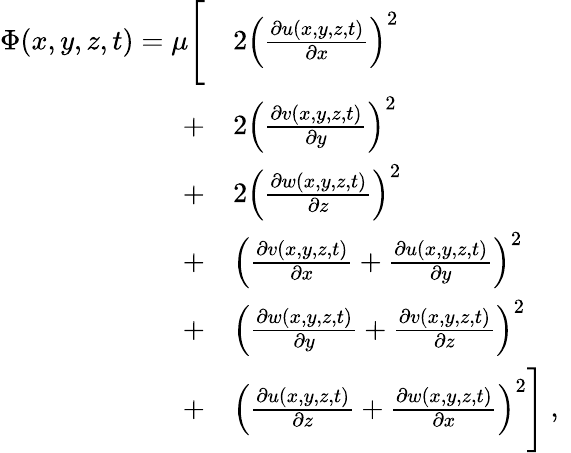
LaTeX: \begin{array}{rl}{\Phi(x,y,z,t)=\mu\Bigg[}&{{}2\left(\frac{\partial u(x,y,z,t)}{\partial x}\right)^{2}}\\ {+}&{{}2\left(\frac{\partial v(x,y,z,t)}{\partial y}\right)^{2}}\\ {+}&{{}2\left(\frac{\partial w(x,y,z,t)}{\partial z}\right)^{2}}\\ {+}&{{}\left(\frac{\partial v(x,y,z,t)}{\partial x}+\frac{\partial u(x,y,z,t)}{\partial y}\right)^{2}}\\ {+}&{{}\left(\frac{\partial w(x,y,z,t)}{\partial y}+\frac{\partial v(x,y,z,t)}{\partial z}\right)^{2}}\\ {+}&{{}\left(\frac{\partial u(x,y,z,t)}{\partial z}+\frac{\partial w(x,y,z,t)}{\partial x}\right)^{2}\Bigg]\mathrm{~,~}}\end{array}